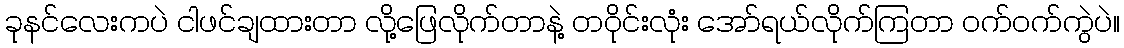
ခုနင်လေးကပဲ ငါဖင်ချထားတာ လို့ဖြေလိုက်တာနဲ့ တဝိုင်းလုံး အော်ရယ်လိုက်ကြတာ ဝက်ဝက်ကွဲပဲ။